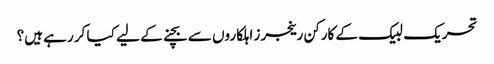
تحریک لبیک کے کارکن رینجرز اہلکاروں سے بچنے کے لیے کیا کر رہے ہیں؟